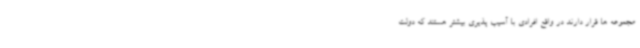
مجموعه ها قرار دارند در واقع افرادی با آسیب پذیری بیشتر هستند که دولت